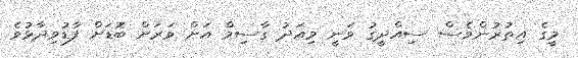
މީގެ އިތުރުންވެސް ސިއްދީގު ވަނީ މިއަދު ގާސިމް އަށް ވަރަށް ބޮޑަށް ފާޑުވިދާޅުވެ